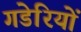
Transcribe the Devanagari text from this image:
गडेरियों